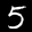
Label: 5